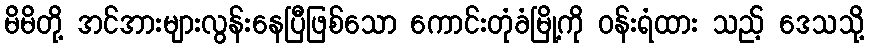
မိမိတို့ အင်အားများလွန်းနေပြီဖြစ်သော ကောင်းတုံခံမြို့ကို ဝန်းရံထား သည့် ဒေသသို့